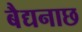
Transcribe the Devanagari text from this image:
बैद्यनाछ